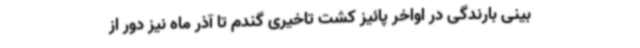
بینی بارندگی در اواخر پائیز کشت تاخیری گندم تا آذر ماه نیز دور از